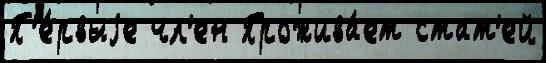
П'е́рвыjе чл'ен Прожива́ет стат'ей